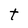
Character: t